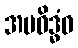
အပဝိဒ္ဓံဝ